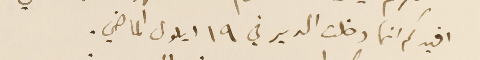
افيدكم انها دخلت الدير في ١٩ ايلول الماضي.